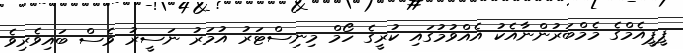
ޕީޕީއެމްގެ މެމްބަރުންނާއެކު އެއްވުމުގައި ކުރީގެ ހޯމް މިނިސްޓަރު އުމަރު ނަސީރު ވެސް ބައިވެރިވެ